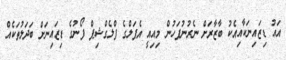
އައު ޑިޒައިނަކާއިއެކު ބާޒާރަށް ނެރުނުފަހުން މިއިއީ އެޕަލްގެ ފްލެގްޝިޕް ފޯނުގެ ޑިޒައިނަށް ބަދަލުތަކެއް